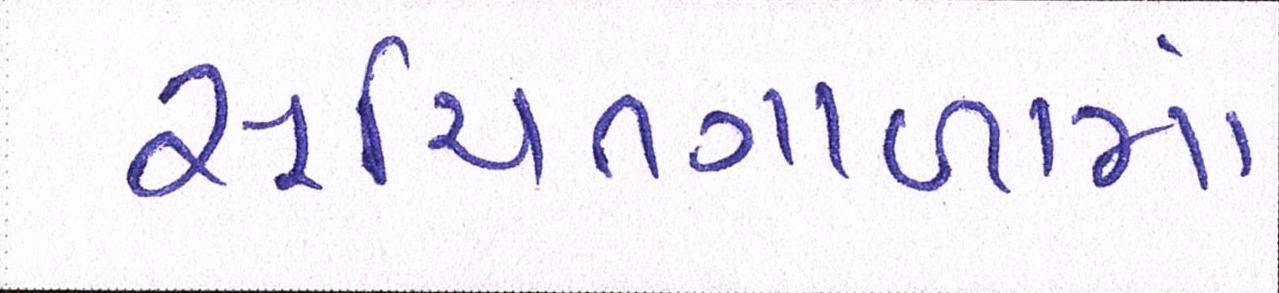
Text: સૂચિતગાળામાં